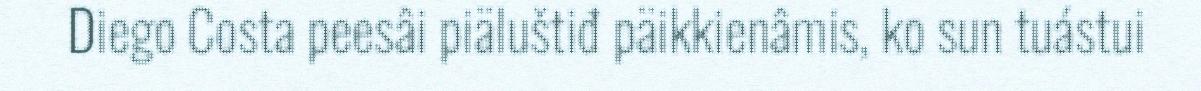
Diego Costa peesâi piäluštiđ päikkienâmis, ko sun tuástui